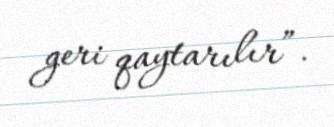
geri qaytarılır”.